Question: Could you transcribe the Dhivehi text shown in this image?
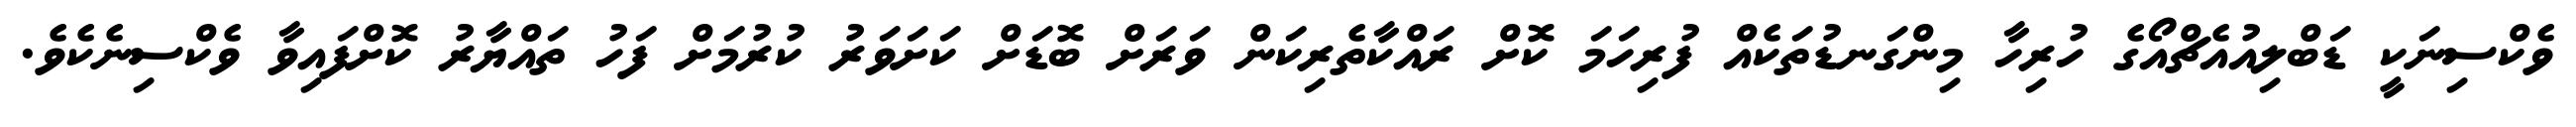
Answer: ވެކްސިނަކީ ޑަބްލިއުއެޗްއޯގެ ހުރިހާ މިންގަނޑުތަކެއް ފުރިހަމަ ކޮށް ރައްކާތެރިކަން ވަރަށް ބޮޑަށް ކަށަވަރު ކުރުމަށް ފަހު ތައްޔާރު ކޮށްފައިވާ ވެކްސިނެކެވެ.